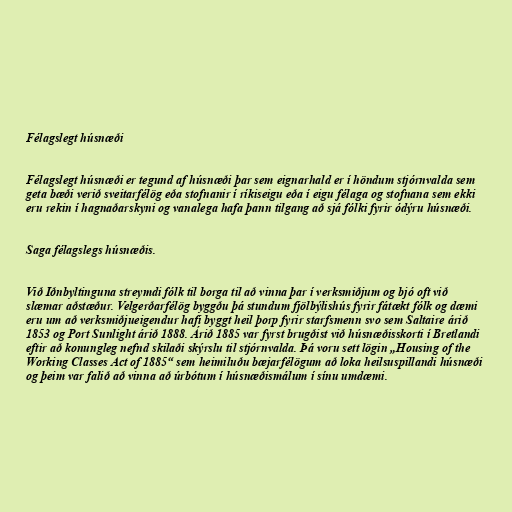
Félagslegt húsnæði

Félagslegt húsnæði er tegund af húsnæði þar sem eignarhald er í höndum stjórnvalda sem
geta bæði verið sveitarfélög eða stofnanir í ríkiseigu eða í eigu félaga og stofnana sem ekki
eru rekin í hagnaðarskyni og vanalega hafa þann tilgang að sjá fólki fyrir ódýru húsnæði.

Saga félagslegs húsnæðis.

Við Iðnbyltinguna streymdi fólk til borga til að vinna þar í verksmiðjum og bjó oft við
slæmar aðstæður. Velgerðarfélög byggðu þá stundum fjölbýlishús fyrir fátækt fólk og dæmi
eru um að verksmiðjueigendur hafi byggt heil þorp fyrir starfsmenn svo sem Saltaire árið
1853 og Port Sunlight árið 1888. Árið 1885 var fyrst brugðist við húsnæðisskorti í Bretlandi
eftir að konungleg nefnd skilaði skýrslu til stjórnvalda. Þá voru sett lögin „Housing of the
Working Classes Act of 1885“ sem heimiluðu bæjarfélögum að loka heilsuspillandi húsnæði
og þeim var falið að vinna að úrbótum í húsnæðismálum í sínu umdæmi.